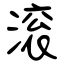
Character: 滚